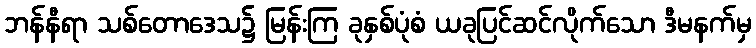
ဘန်နီရာ သစ်တောဒေသ၌ မြန်းကြ ခုနှစ်ပုံစံ ယခုပြင်ဆင်လိုက်သော ဒီမနက်မှ